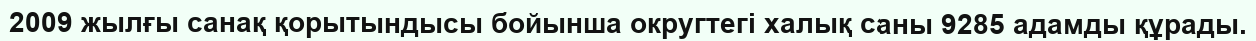
2009 жылғы санақ қорытындысы бойынша округтегі халық саны 9285 адамды құрады.